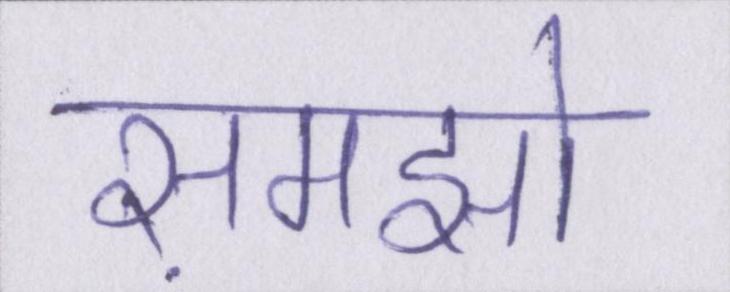
समझो